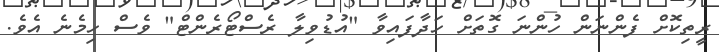
ރީތިކޮށް ފެންނަން ހުންނަ ގޮތަށް ހަދާފައިވާ "އުޑުވިލާ ރެސްޓޯރެންޓް" ވެސް ހިމެނެ އެވެ.